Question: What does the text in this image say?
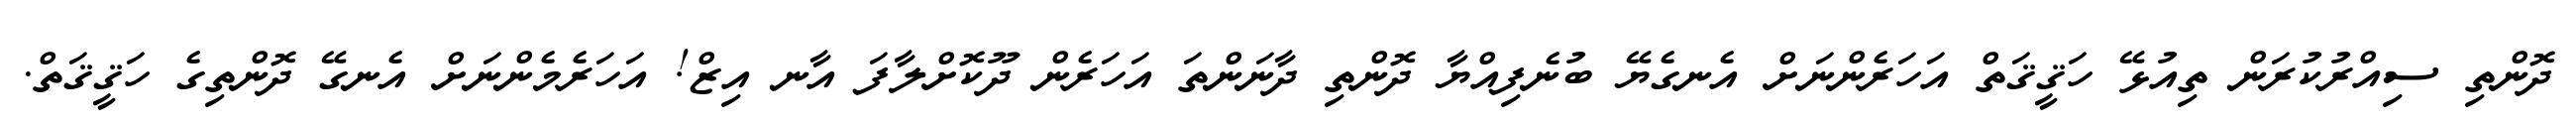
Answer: ދޮންތި ސިއްރުކުރަން ތިއުޅޭ ހަޤީޤަތް އަހަރެންނަށް އެނގެޔޭ ބުނެފިއްޔާ ދޮންތި ދާނަންތަ އަހަރެން ދޫކޮށްލާފަ އާނ އިޒް! އަހަރެމެންނަށް އެނގޭ ދޮންތިގެ ހަޤީޤަތް.